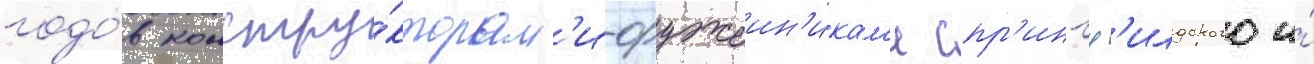
годо́в констру́кторам'и-оружеин'икам'и спр'ингф'илдского и́